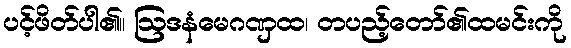
ပင့်ဖိတ်ပါ၏။ ဩဒနံမေဂဏှထ၊ တပည့်တော်၏ထမင်းကို